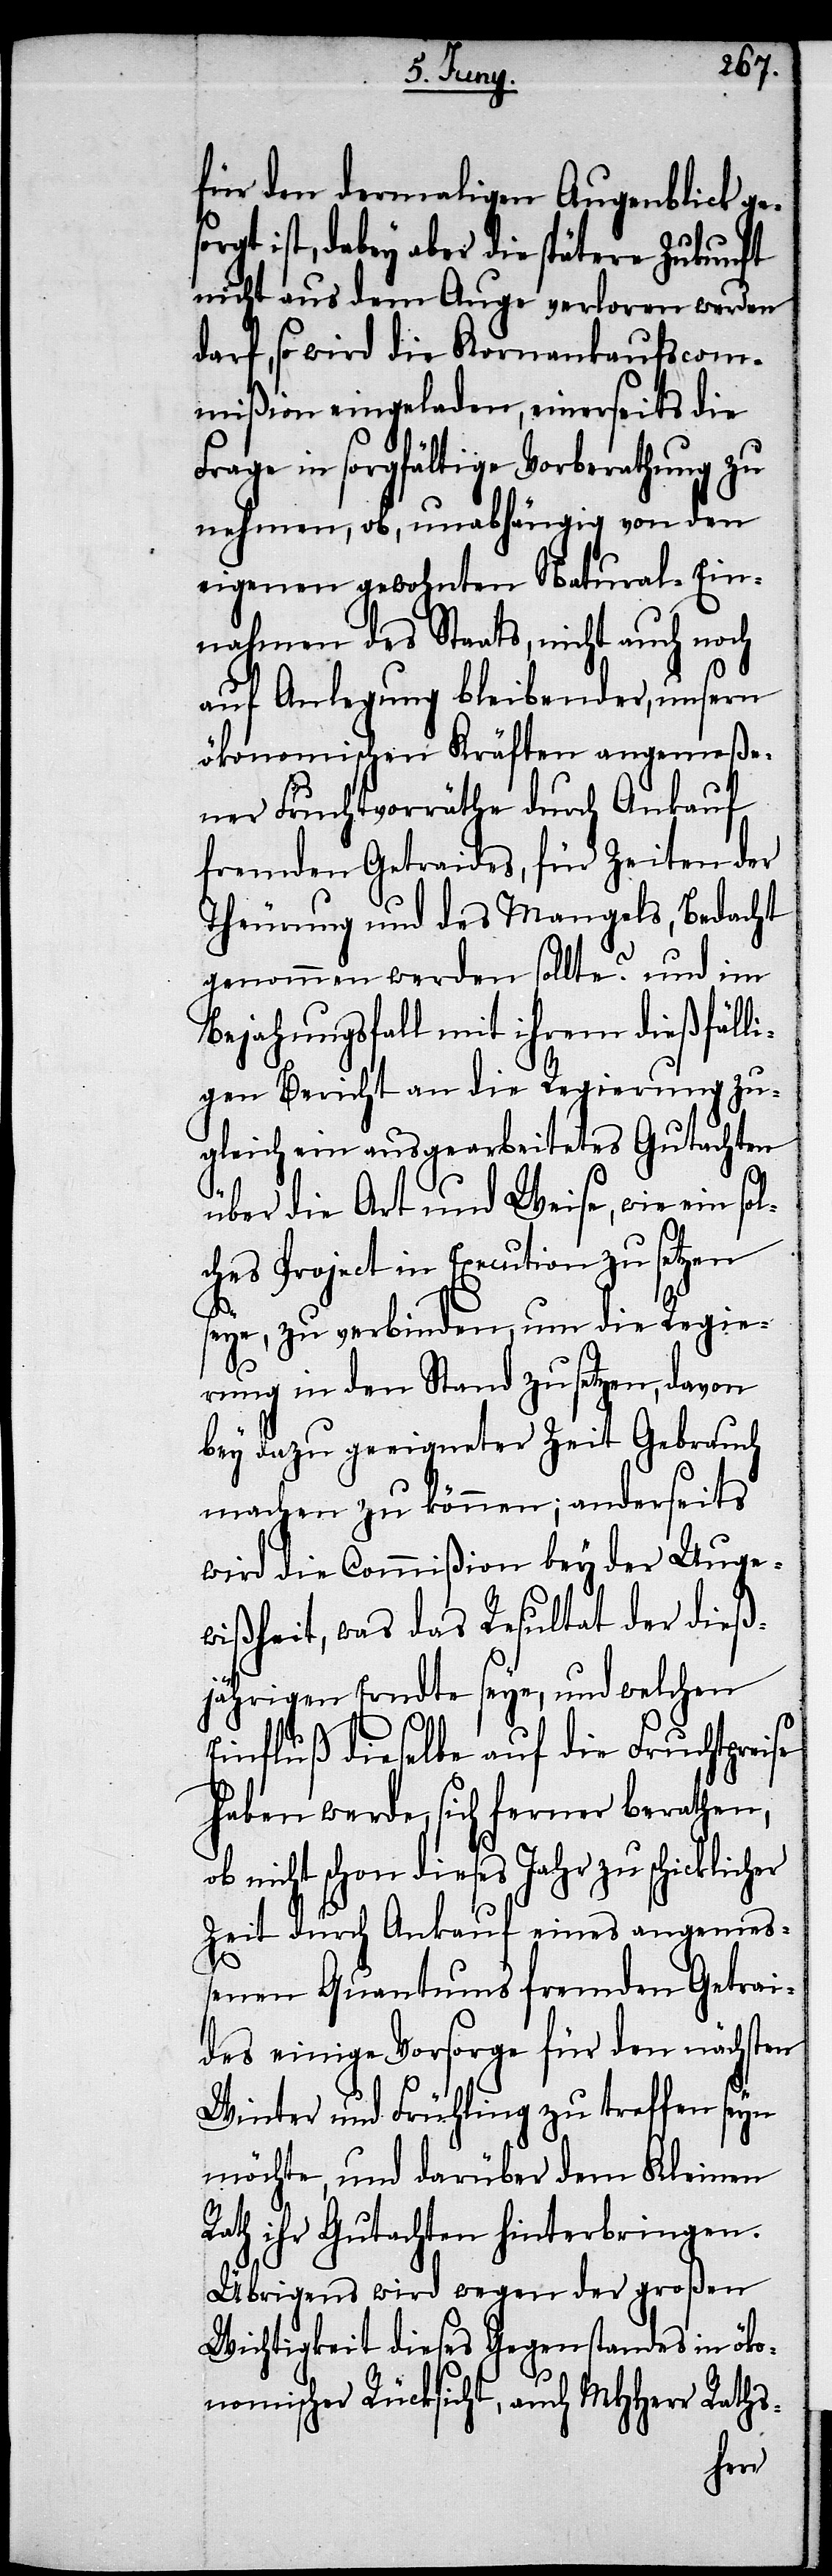
für den dermaligen Augenblick ge¬
sorgt ist, dabey aber die spätere Zukunft
nicht aus dem Auge verloren werden
darf, so wird die Kornankaufscom¬
mißion eingeladen, einerseits die
Frage in sorgfältige Vorberathung zu
nehmen, ob, unabhängig von den
eigenen gewohnten Natural-Ein¬
nahmen des Staats, nicht auch noch
auf Anlegung bleibender, unsern
ökonomischen Kräften angemeße¬
ner Fruchtvorräthe durch Ankauf
fremden Getraides, für Zeiten der
Theurung und des Mangels, Bedacht
genommen werden sollte? und im
Bejahungsfalle mit ihrem dießfälli¬
gen Bericht an die Regierung zu¬
gleich ein ausgearbeitetes Gutachten
über die Art und Weise, wie ein sol¬
ches Project in Execution zu setzen
seye, zu verbinden, um die Regie¬
rung in den Stand zu setzen, davon
bey dazu geeigneter Zeit Gebrauch
machen zu können; anderseits
wird die Commißion bey der Unge¬
wißheit, was das Resultat der dieß¬
jährigen Erndte seye, und welchen
Einfluß dieselbe auf die Fruchtpreise
haben werde, sich ferner berathen,
ob nicht schon dieses Jahr zu schicklicher
Zeit durch Ankauf eines angemeß¬
enen Quantums fremden Getrai¬
des einige Vorsorge für den nächsten
Winter und Frühling zu treffen seyn
möchte, und darüber dem Kleinen
Rath ihr Gutachten hinterbringen.
Übrigens wird wegen der großen
Wichtigkeit dieses Gegenstandes in öko¬
nomischer Rücksicht, auch MHHerr Raths-